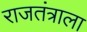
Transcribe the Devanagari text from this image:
राजतंत्राला